Vaccine operations Central Provinces & Berar 1922-1929 - 1922-1929
Year: 1922
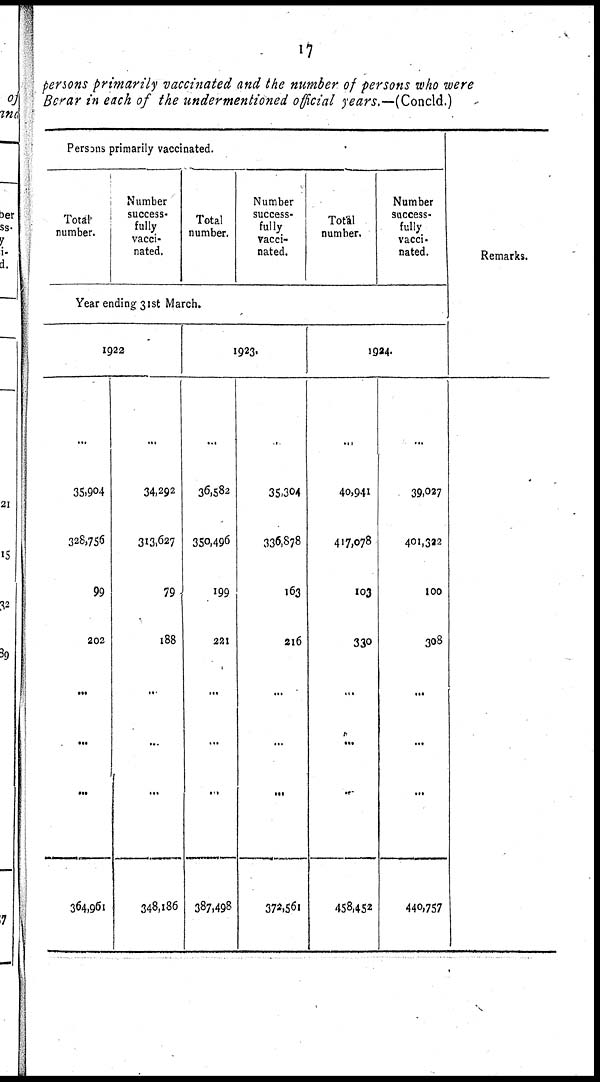
17
persons primarily vaccinated and the number of persons who were
Berar in each of the undermentioned official years.—(Concld.)
Persons primarily vaccinated.
Total
number.
Number
success¬
fully
vacci¬
nated.
Total
number.
Number
success-
fully
vacci-
nated.
Total
number.
Number
success-
fully
vacci-
nated.
Year ending 31st March.
1922
...
35,904
328,756
99
202
...
...
...
364,961
...
34,292
313,627
79
188
..
..
...
348,186
1923.
...
36,582
350,496
199
221
...
...
...
387,498
...
35,304
336,878
163
216
...
...
...
372,561
1924.
...
40,941
417,078
103
330
...
...
...
458,452
...
39,027
401,322
100
308
...
...
...
440,757
Remarks.
...